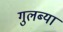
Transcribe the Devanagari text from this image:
गुलब्या